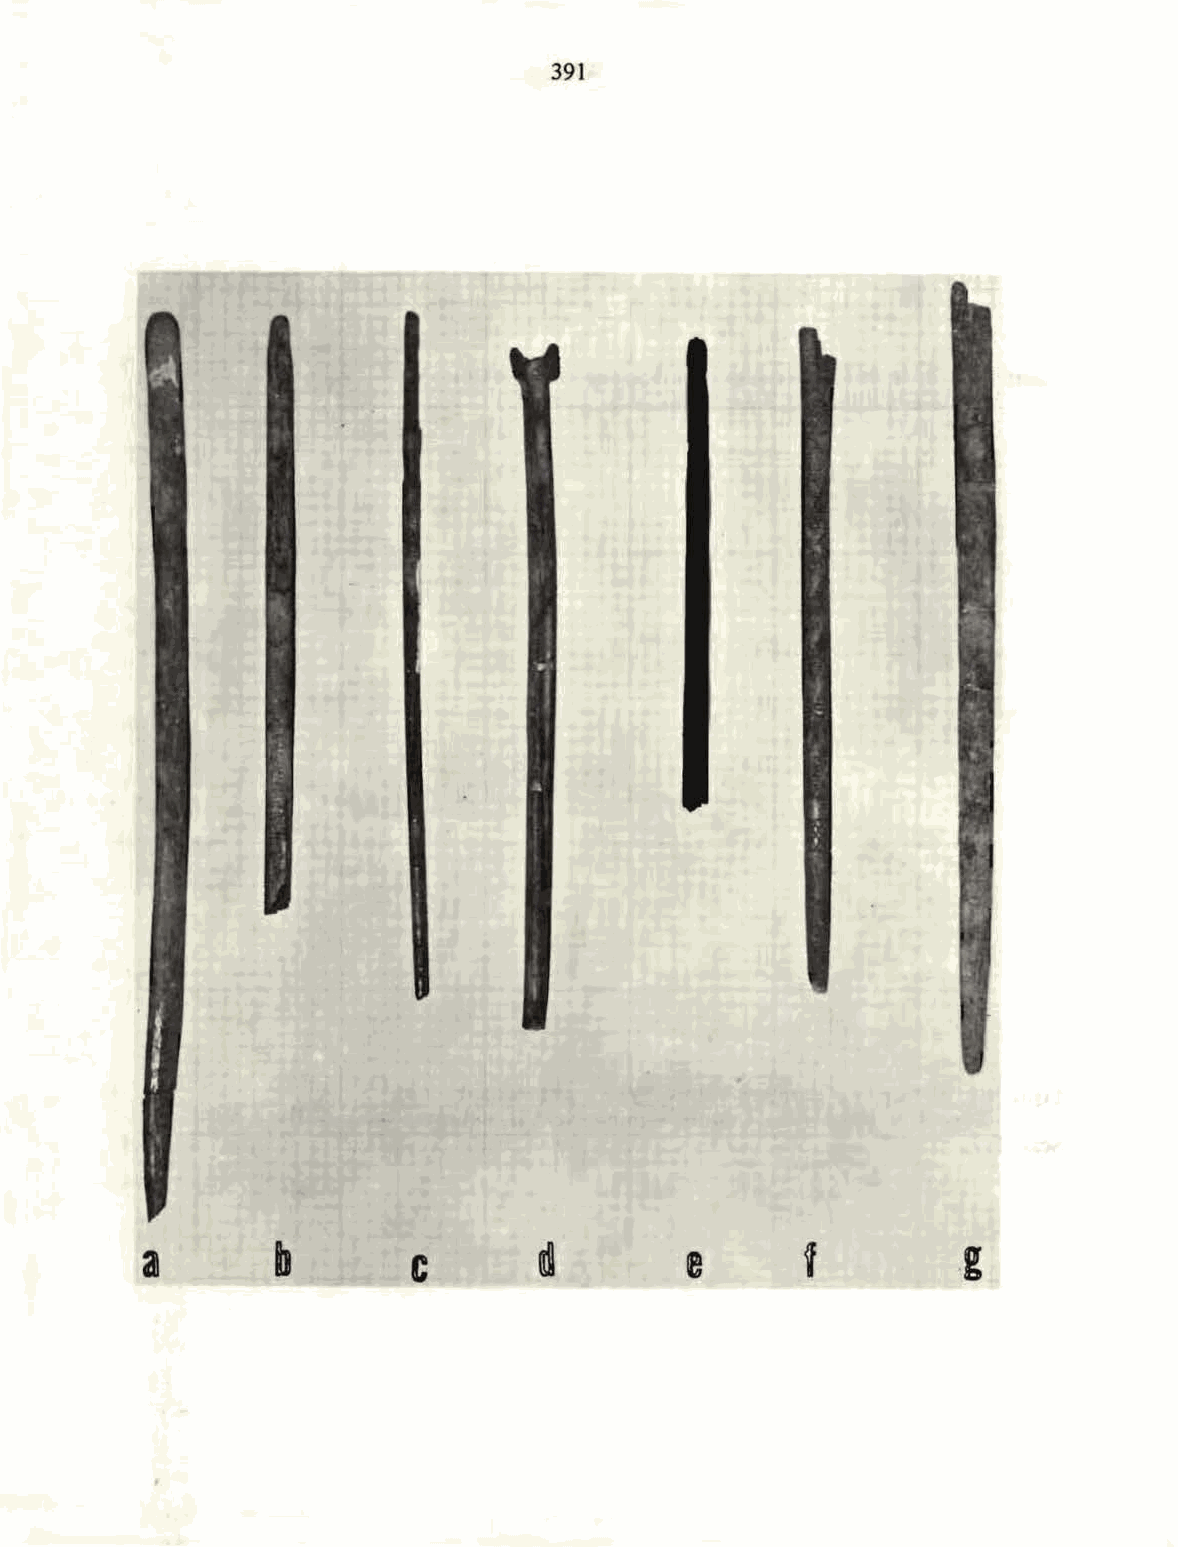
391
 a       b        c                  e                 g